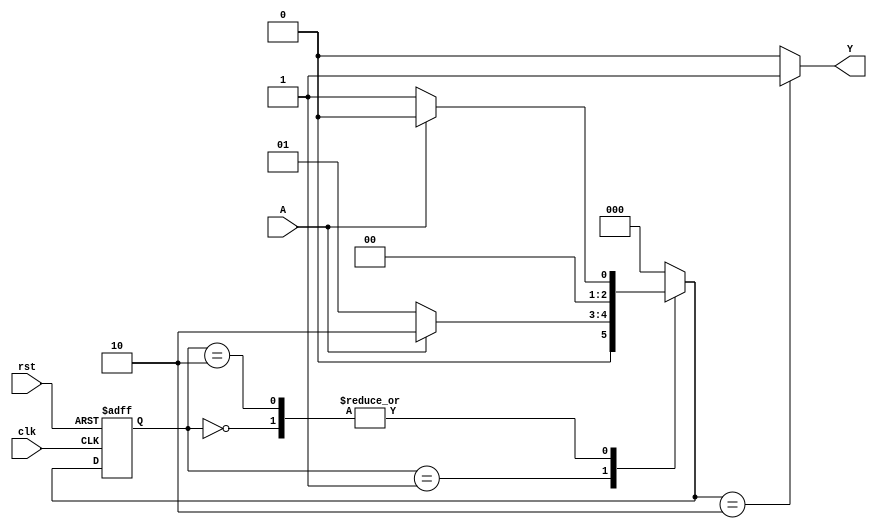
module zero_one_detector(input A,clk,rst,
                         output reg Y);

    reg [2:0] current_state, next_state;
    parameter S0=3'b000,S1=3'b001,S2=3'b010;
    //next state logic
    always @(posedge clk, posedge rst)
    begin
        if(rst==1'b1)
        current_state<=S0;
    else
        current_state<=next_state;
    end
    
    always @(current_state, A)
    begin
    case(current_state)
    S0: begin 
    if(A==1)
        next_state<=S0;
    else
        next_state<=S1;
        end
    S1: begin 
    if(A==1)
        next_state<=S2;
    else
        next_state<=S1;
        end
    S2: begin 
    if(A==1)
        next_state<=S0;
    else
        next_state<=S1;
        end
    default: next_state<=S0;
    endcase
    end



    //output logic
    always @(next_state)
    begin
    case(next_state)
    S0: 
        Y<=0;
    S1:
        Y<=0;
    S2:
        Y<=1;
    default: Y<=0;
    endcase
    end
endmodule